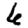
Digit: 6